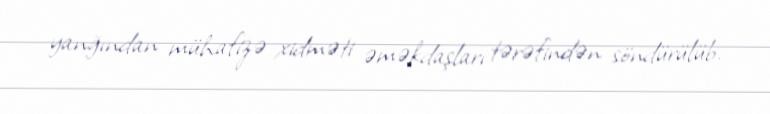
yanğından mühafizə xidməti əməkdaşları tərəfindən söndürülüb.